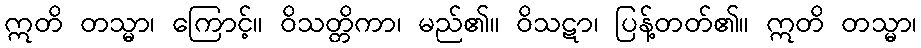
ဣတိ တသ္မာ၊ ကြောင့်။ ဝိသတ္တိကာ၊ မည်၏။ ဝိသဋာ၊ ပြန့်တတ်၏။ ဣတိ တသ္မာ၊